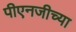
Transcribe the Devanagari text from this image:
पीएनजीच्या